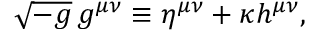
\sqrt { - g } \, g ^ { \mu \nu } \equiv \eta ^ { \mu \nu } + \kappa h ^ { \mu \nu } ,